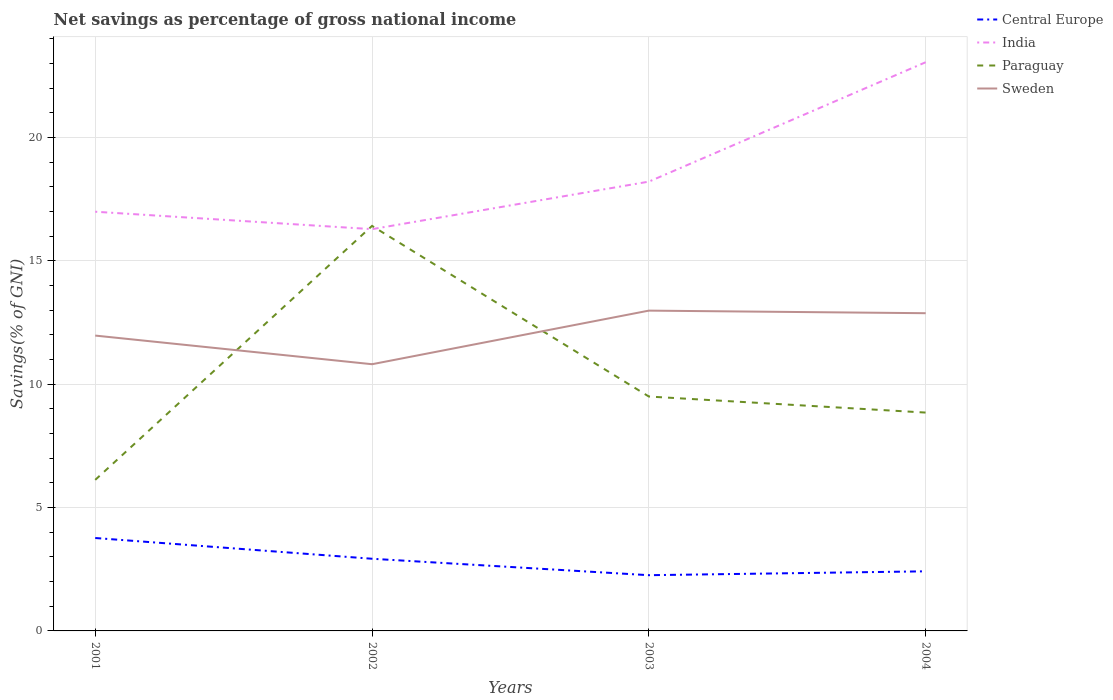
| Years | Central Europe | India | Paraguay | Sweden |
 | --- | --- | --- | --- | --- |
 | 2001 | 3.77 | 17 | 6.12 | 12 |
 | 2002 | 2.92 | 16.3 | 16.4 | 10.8 |
 | 2003 | 2.26 | 18.2 | 9.5 | 13 |
 | 2004 | 2.42 | 23 | 8.85 | 12.9 |